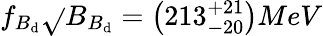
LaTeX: f_{B_{\mathrm{d}}}\sqrt{}{{B_{B_{\mathrm{d}}}}}=\left(213_{-20}^{+21}\right)MeV